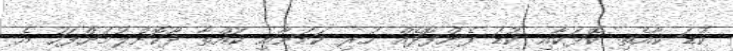
ކުޑަ ކާއެތި ކޮޅަކާއި ކުޑަ ފެންފޮދެއް ހުރި ކަމަށާއި ކުއްތާ ދޫކޮށްލުމަށްފަހު އެ